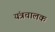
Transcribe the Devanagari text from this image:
यंत्रचालक